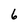
Character: 6